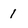
Character: 1